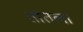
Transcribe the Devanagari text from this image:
तांतला